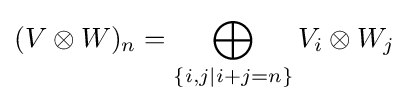
(V\otimes W)_{n}=\bigoplus _{\{i,j|i+j=n\}}V_{i}\otimes W_{j}